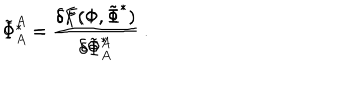
\tilde { \Phi } ^ { A } = \frac { \delta F ( \Phi , \tilde { \Phi } ^ { * } ) } { \delta \tilde { \Phi } _ { A } ^ { * } } \hspace { 2 c m } \Phi _ { A } ^ { * } = \frac { \delta F ( \Phi , \tilde { \Phi } ^ { * } ) } { \delta \Phi ^ { A } } \ .